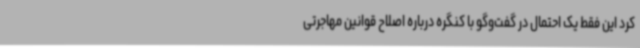
کرد این فقط یک احتمال در گفت‌وگو با کنگره درباره اصلاح قوانین مهاجرتی